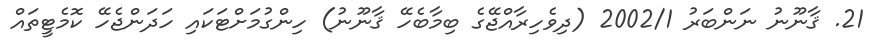
21. ޤާނޫނު ނަންބަރު 2002/1 (ދިވެހިރާއްޖޭގެ ބިމާބެހޭ ޤާނޫނު) ހިންގުމަށްޓަކައި ހަދަންޖެހޭ ކޮމެޓީތައް